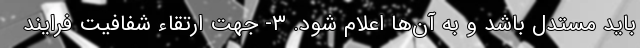
باید مستدل باشد و به آن‌ها اعلام شود. ٣- جهت ارتقاء شفافیت فرایند